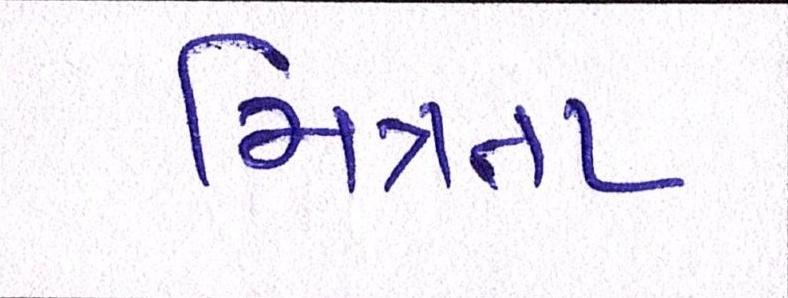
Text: મિત્રતા